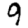
Digit: 9